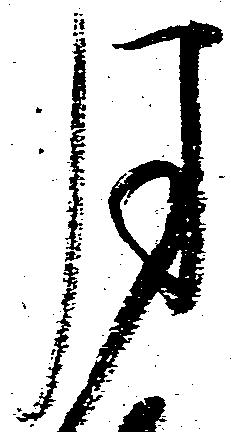
月